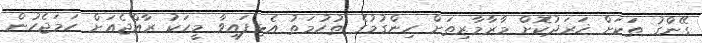
ގޭންގު ތަކަށް ޚަރަދުކޮށް މާރާމާރިތަށް ހިންގުމުގެ ތުހުމަތު އެޅިފައިވާ މީހަކު ރާއްޖެއަށް ހަމަޖެހުން